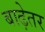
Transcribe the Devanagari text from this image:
बाढ़ेतर